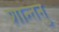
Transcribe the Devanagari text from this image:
शान्‍तनु